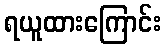
ရယူထားကြောင်း